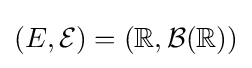
(E,{\mathcal {E}})=(\mathbb {R} ,{\mathcal {B}}(\mathbb {R} ))